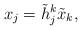
LaTeX: \begin{align*}x_j = \tilde{h}_j^k \tilde{x}_k,\end{align*}